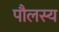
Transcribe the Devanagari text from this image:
पौलस्य